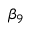
\beta _ { 9 }